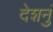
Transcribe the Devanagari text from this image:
देशनुं